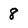
Character: 8